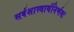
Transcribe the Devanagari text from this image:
सर्वशास्त्रार्थनिर्णयः